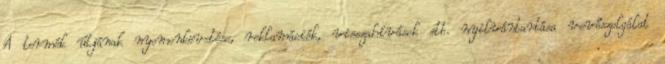
A termék útjának nyomonkövetése, reklamációk, visszahívások stb. nyilvántartása vevőszolgálat